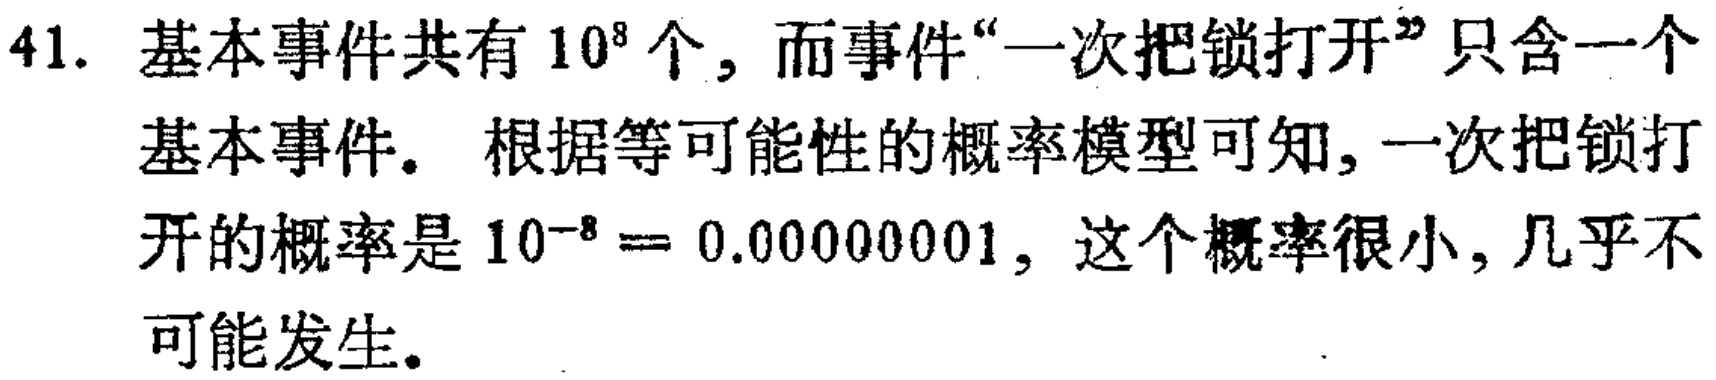
41. 基本事件共有 \(10^{8}\) 个，而事件“一次把锁打开”只含一个基本事件。根据等可能性的概率模型可知，一次把锁打开的概率是 \(10^{-8}=0.00000001\)，这个概率很小，几乎不可能发生。